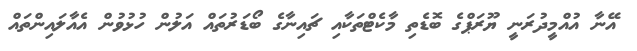
އޭނާ އުއްމީދުރަނީ ޔޫރަޕްގެ ބޮޑެތި މާކެޓްތަކާއި ޗައިނާގެ ބޯޑަރުތައް އަލުން ހުޅުވުން އެއާލައިންތައް